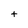
Character: t